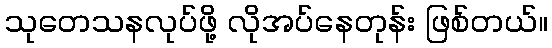
သုတေသနလုပ်ဖို့ လိုအပ်နေတုန်း ဖြစ်တယ်။